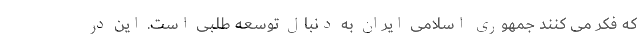
که فکر می کنند جمهوری اسلامی ایران به دنبال توسعه طلبی است. این در